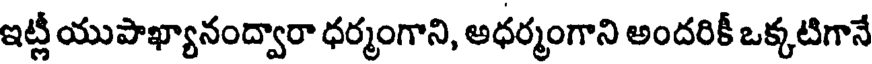
ఇట్లీ యుపాఖ్యానంద్వారా ధర్మంగాని, అధర్మంగాని అందరికీ ఒక్కటిగానే